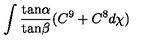
\int \frac { \mathrm { t a n } \alpha } { \mathrm { t a n } \beta } ( C ^ { 9 } + C ^ { 8 } d \chi )